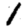
Digit: 1